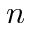
n